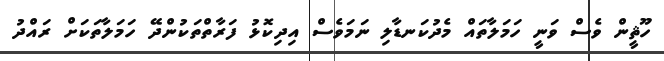
ހޫޘީން ވެސް ވަނީ ހަމަލާތައް މެދުކަނޑާލި ނަމަވެސް އިދިކޮޅު ފަރާތްތަކުންދޭ ހަމަލާތަކަށް ރައްދު